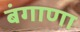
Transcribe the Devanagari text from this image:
बंगाणा